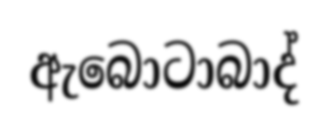
ඇබොටාබාද්